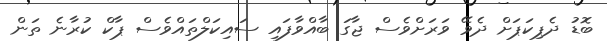
ބޮޑު ދެޕިކަޕަށް ދެވޭ ވަރަށްވެސް ޖާގަ ބާއްވާފައި ސައިކަލްތައްވެސް ޕާކް ކުރާނެ ތަން